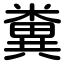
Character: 糞